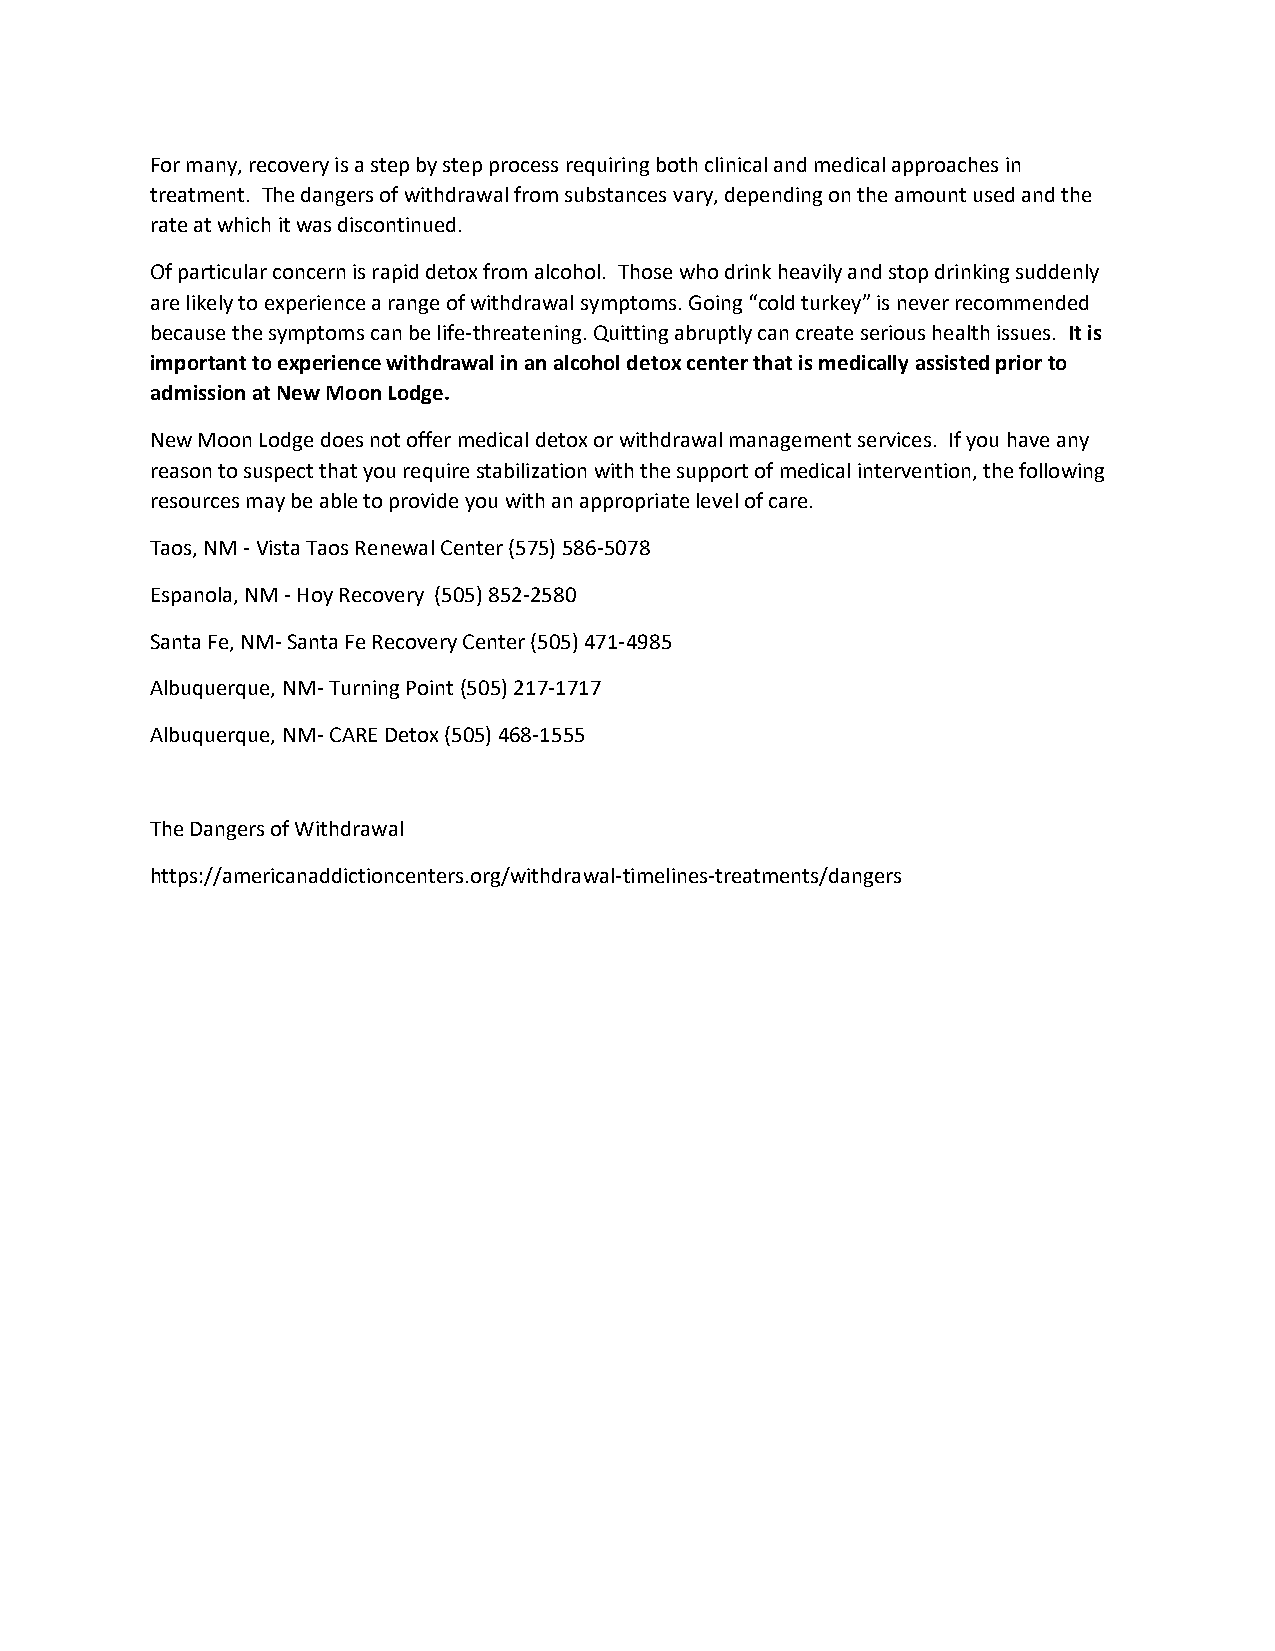
For many, recovery is a step by step process requiring both clinical and medical approaches in
 treatment. The dangers of withdrawal from substances vary, depending on the amount used and the
 rate at which it was discontinued.
 Of particular concern is rapid detox from alcohol. Those who drink heavily and stop drinking suddenly
 are likely to experience a range of withdrawal symptoms. Going “cold turkey” is never recommended
 because the symptoms can be life-threatening. Quitting abruptly can create serious health issues. It is
 important to experience withdrawal in an alcohol detox center that is medically assisted prior to
 admission at New Moon Lodge.
 New Moon Lodge does not offer medical detox or withdrawal management services. If you have any
 reason to suspect that you require stabilization with the support of medical intervention, the following
 resources may be able to provide you with an appropriate level of care.
 Taos, NM - Vista Taos Renewal Center (575) 586-5078
 Espanola, NM - Hoy Recovery (505) 852-2580
 Santa Fe, NM- Santa Fe Recovery Center (505) 471-4985
 Albuquerque, NM- Turning Point (505) 217-1717
 Albuquerque, NM- CARE Detox (505) 468-1555
 The Dangers of Withdrawal
 https://americanaddictioncenters.org/withdrawal-timelines-treatments/dangers